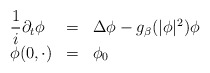
\begin{align*}\begin{array}{lcl}\displaystyle{\frac{1}{i}}\partial_t\phi&=&\Delta \phi-g_\beta(|\phi|^2)\phi\\\phi(0,\cdot)&=&\phi_0 \end{array}\end{align*}